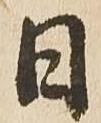
日